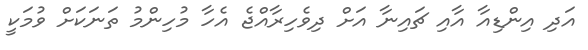
އަދި އިންޑިއާ އާއި ޗައިނާ އަށް ދިވެހިރާއްޖެ އެހާ މުހިންމު ތަނަކަށް ވުމަކީ